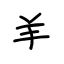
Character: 羊